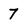
Character: 7